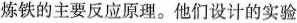
炼铁的主要反应原理。他们设计的实验